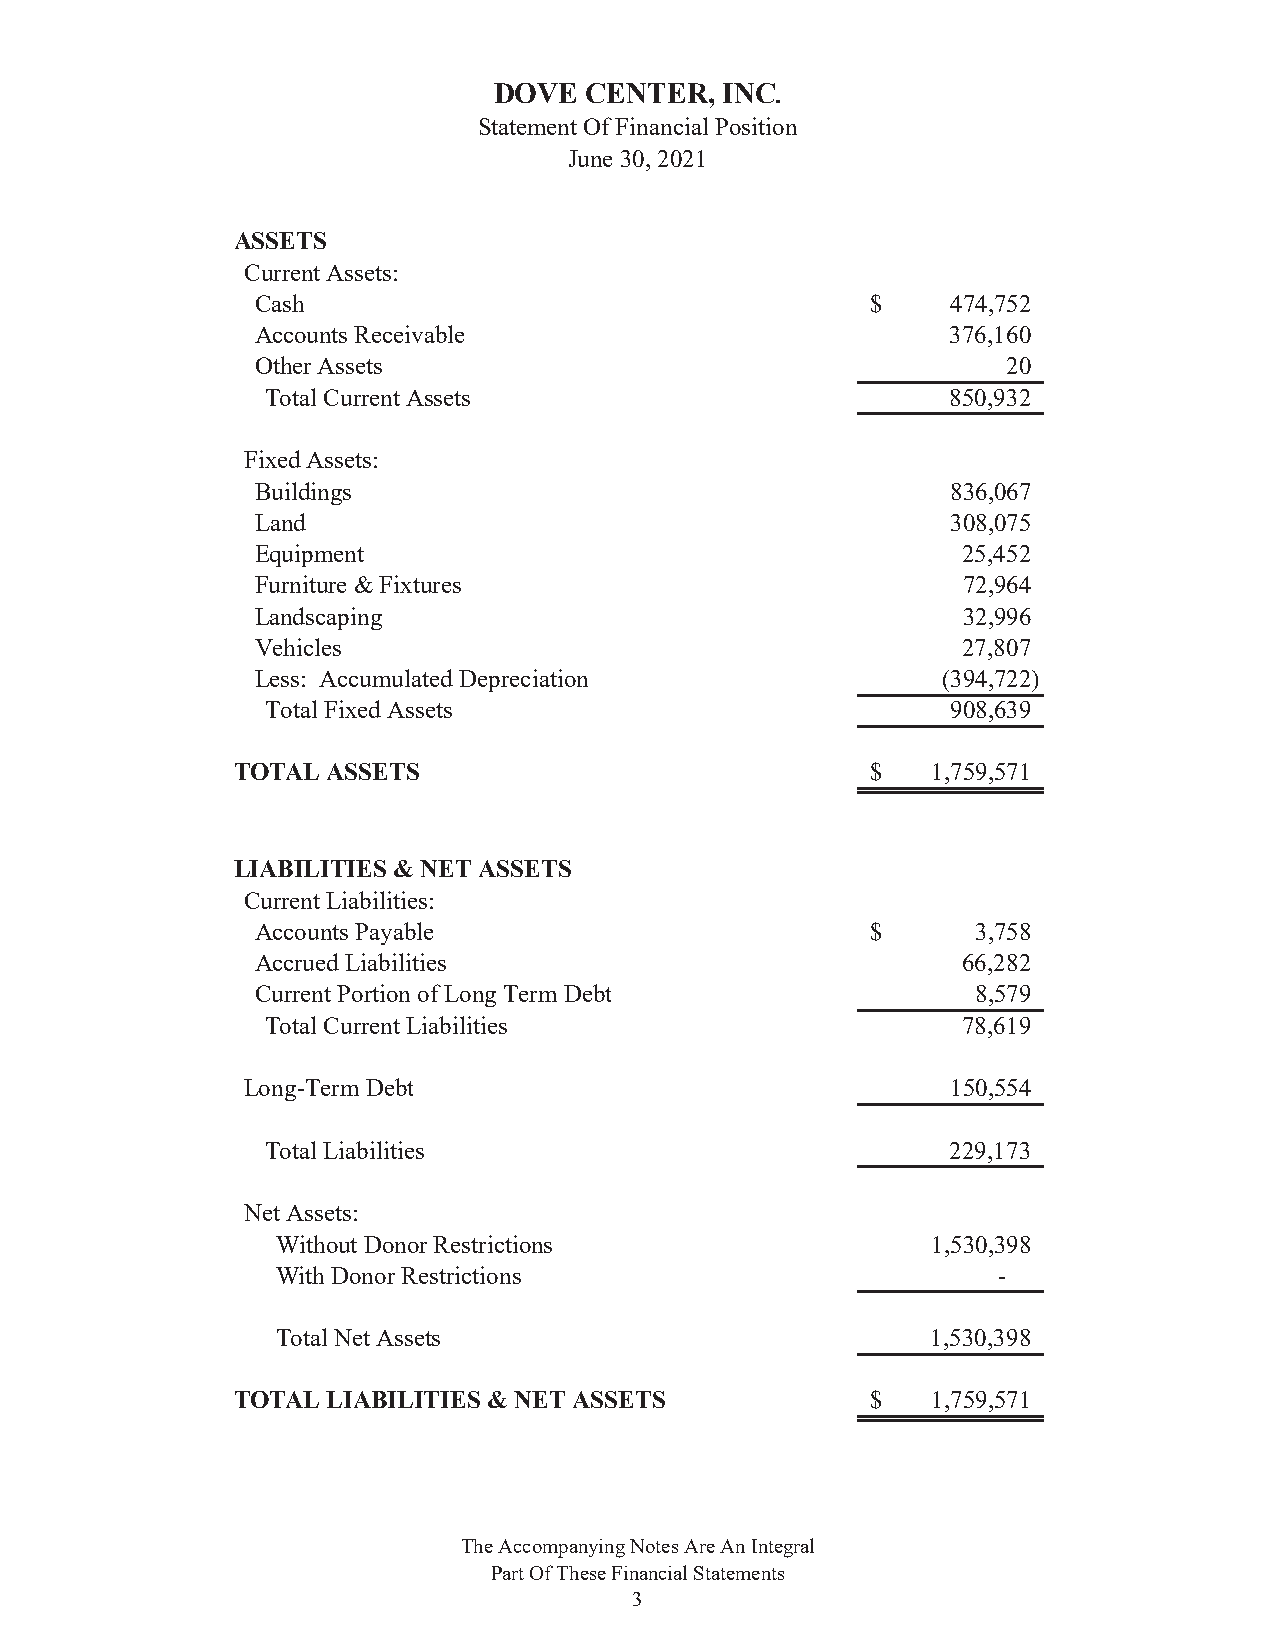
DOVE  CENTER,  INC.
 Statement Of Financial Position
 June 30, 2021
 ASSETS
 Current Assets:
 Cash                                     $    4 74,752
 Accounts Receivable                           3 76,160
 Other Assets                                      2 0
 Total Current Assets                         8 50,932
 Fixed Assets:
 Buildings                                     8 36,067
 Land                                          3 08,075
 Equipment                                      2 5,452
 Furniture & Fixtures                           7 2,964
 Landscaping                                    3 2,996
 Vehicles                                       2 7,807
 Less: Accumulated Depreciation               (394,722)
 Total Fixed Assets                           9 08,639
 TOTAL  ASSETS                              $   1 ,759,571
 LIABILITIES & NET ASSETS
 Current Liabilities:
 Accounts Payable                         $      3 ,758
 Accrued Liabilities                            6 6,282
 Current Portion of Long Term Debt               8 ,579
 Total Current Liabilities                     7 8,619
 Long-Term Debt                                 1 50,554
 Total Liabilities                            2 29,173
 Net Assets:
 Without Donor Restrictions                  1 ,530,398
 With Donor Restrictions                         -
 Total Net Assets                            1 ,530,398
 TOTAL  LIABILITIES & NET ASSETS            $   1 ,759,571
 The Accompanying Notes Are An Integral
 Part Of These Financial Statements
 3